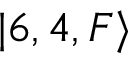
| 6 , 4 , F \rangle